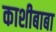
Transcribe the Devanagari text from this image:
काशीबाबा